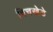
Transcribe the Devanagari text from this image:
विचखेडे